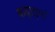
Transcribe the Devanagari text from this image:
कढ़ाइयां